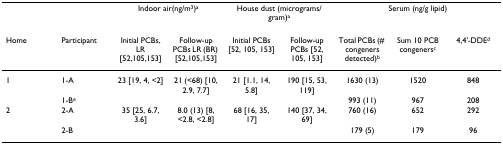
<table><thead><tr><td></td><td></td><td colspan="2"><b>Indoor air(ng/m<sup>3</sup>)<sup>a</sup></b></td><td colspan="2"><b>House dust (micrograms/gram)<sup>a</sup></b></td><td colspan="3"><b>Serum (ng/g lipid)</b></td></tr></thead><tbody><tr><td>Home</td><td>Participant</td><td>Initial PCBs, LR [52,105,153]</td><td>Follow-up PCBs LR (BR) [52,105,153]</td><td>Initial PCBs [52, 105, 153]</td><td>Follow-up PCBs [52, 105, 153]</td><td>Total PCBs (# congeners detected)<sup>b</sup></td><td>Sum 10 PCB congeners<sup>c</sup></td><td>4,4&#x27;-DDE<sup>d</sup></td></tr><tr><td>1</td><td>1-A</td><td>23 [19, 4, &lt;2]</td><td>21 (&lt;68) [10, 2.9, 7.7]</td><td>21 [1.1, 14, 5.8]</td><td>190 [15, 53, 119]</td><td>1630 (13)</td><td>1520</td><td>848</td></tr><tr><td></td><td>1-B<sup>e</sup></td><td></td><td></td><td></td><td></td><td>993 (11)</td><td>967</td><td>208</td></tr><tr><td>2</td><td>2-A</td><td>35 [25, 6.7, 3.6]</td><td>8.0 (13) [8, &lt;2.8, &lt;2.8]</td><td>68 [16, 35, 17]</td><td>140 [37, 34, 69]</td><td>760 (16)</td><td>652</td><td>292</td></tr><tr><td></td><td>2-B</td><td></td><td></td><td></td><td></td><td>179 (5)</td><td>179</td><td>96</td></tr></tbody></table>